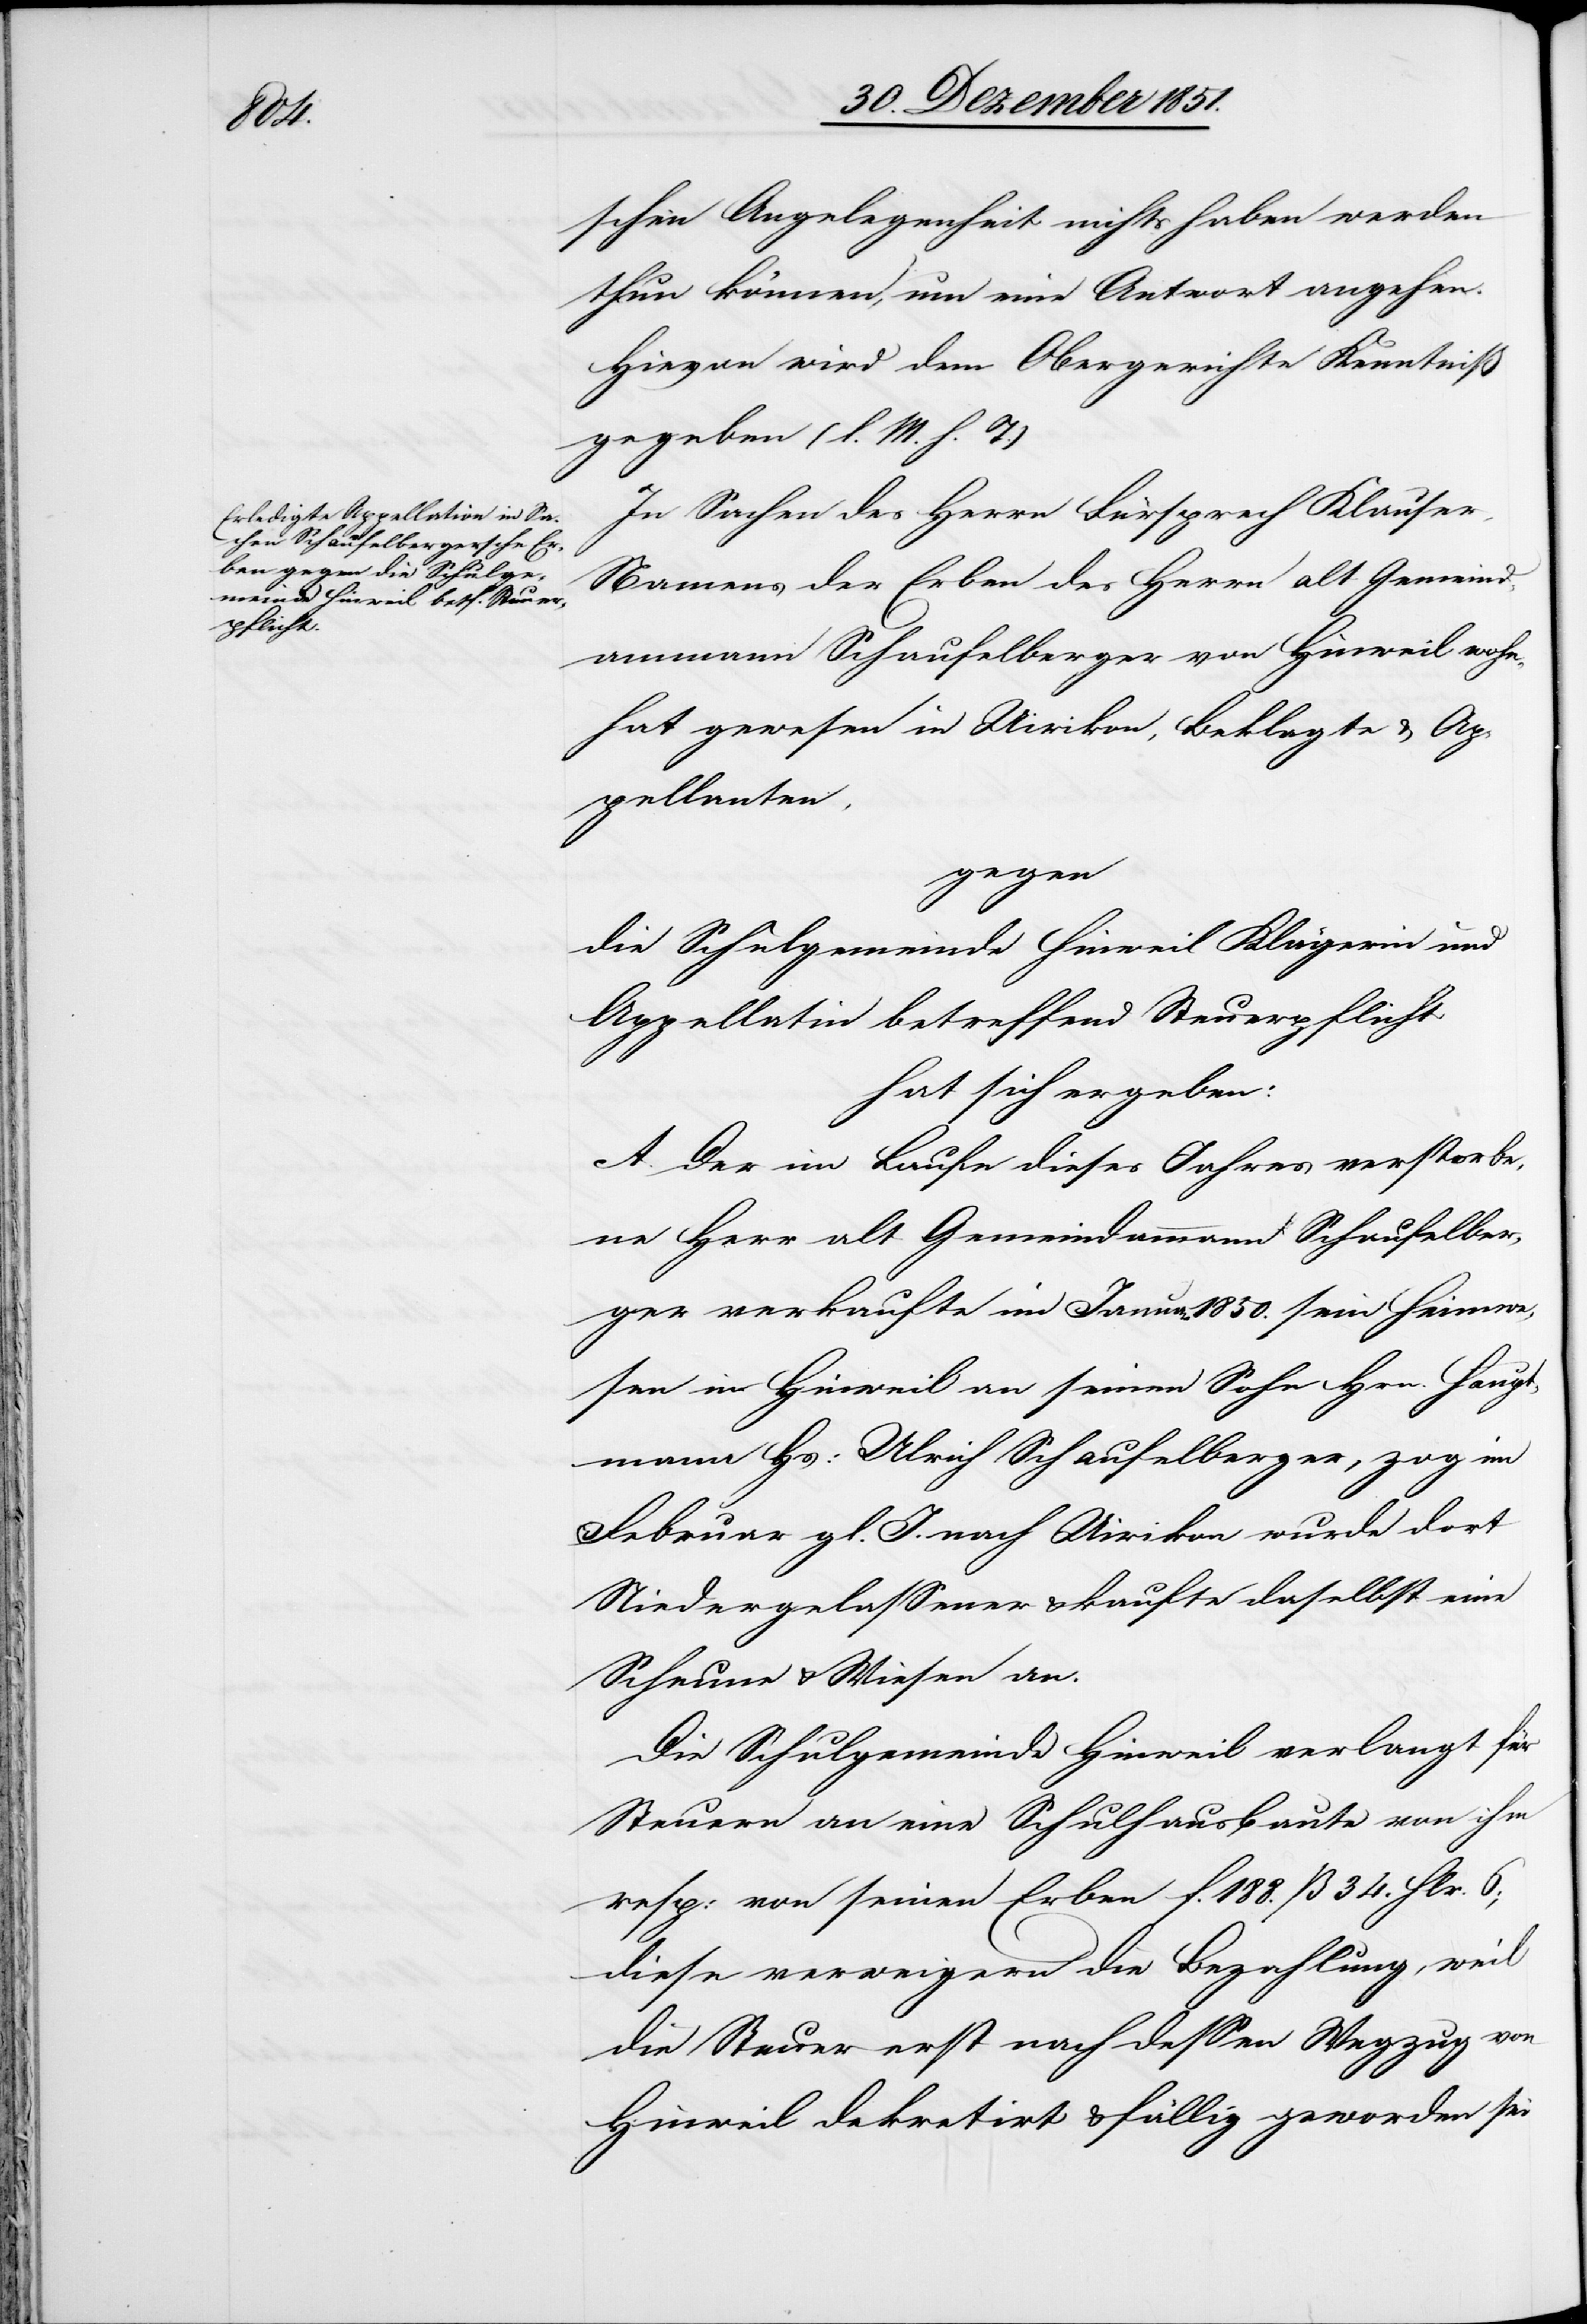
schen Angelegenheit nichts haben werden
thun können, um eine Antwort angehen.
Hievon wird dem Obergerichte Kenntniß
gegeben (l. M. h. T.)
In Sachen des Herrn Fürsprech Klauser,
Namens der Erben des Herrn alt Gemeind¬
ammann Schaufelberger von Hinweil wohn¬
ha[f]t gewesen in Uirikon, Beklagte & Ap¬
pellanten,
gegen
die Schulgemeinde Hinweil Klägerin und
Appellatin betreffend Steuerpflicht
hat sich ergeben:
A. Der im Laufe dieses Jahres verstorbe¬
ne Herr alt Gemeindammann Schaufelber¬
ger verkaufte im Januar 1850. sein Heimwe¬
sen in Hinweil an seinen Sohn Hrn. Haupt¬
mann Hs: Ulrich Schaufelberger, zog im
Februar gl. J. nach Uirikon wurde dort
Niedergelassener & kaufte daselbst eine
Scheune & Wiesen an.
Die Schulgemeinde Hinweil verlangt für
Steuern an eine Schulhausbaute von ihm
resp: von seinen Erben f. 188. ß 34. Hlr. 6;
diese verweigern die Bezahlung, weil
die Steuer erst nach dessen Wegzug von
Hinweil dekretirt & fällig geworden sei